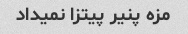
مزه پنیر پیتزا نمیداد